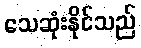
သေဆုံးနိုင်သည်